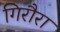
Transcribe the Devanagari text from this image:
गिरौरा